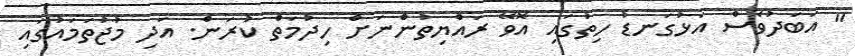
" އަބަދުވެސް އަޅުގަނޑު ހިތުގައި އޮވޭ ރައްޔިތުންނަށް ހިދުމަތް ކުރަން. އަދި މުޖުތަމައުގައި